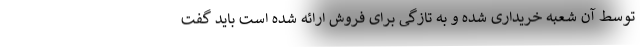
توسط آن شعبه خریداری شده و به تازگی برای فروش ارائه شده است باید گفت